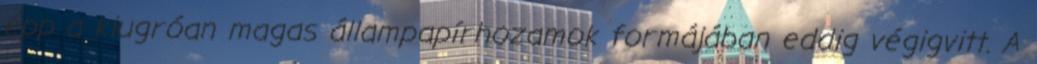
épp a kiugróan magas állampapírhozamok formájában eddig végigvitt. A